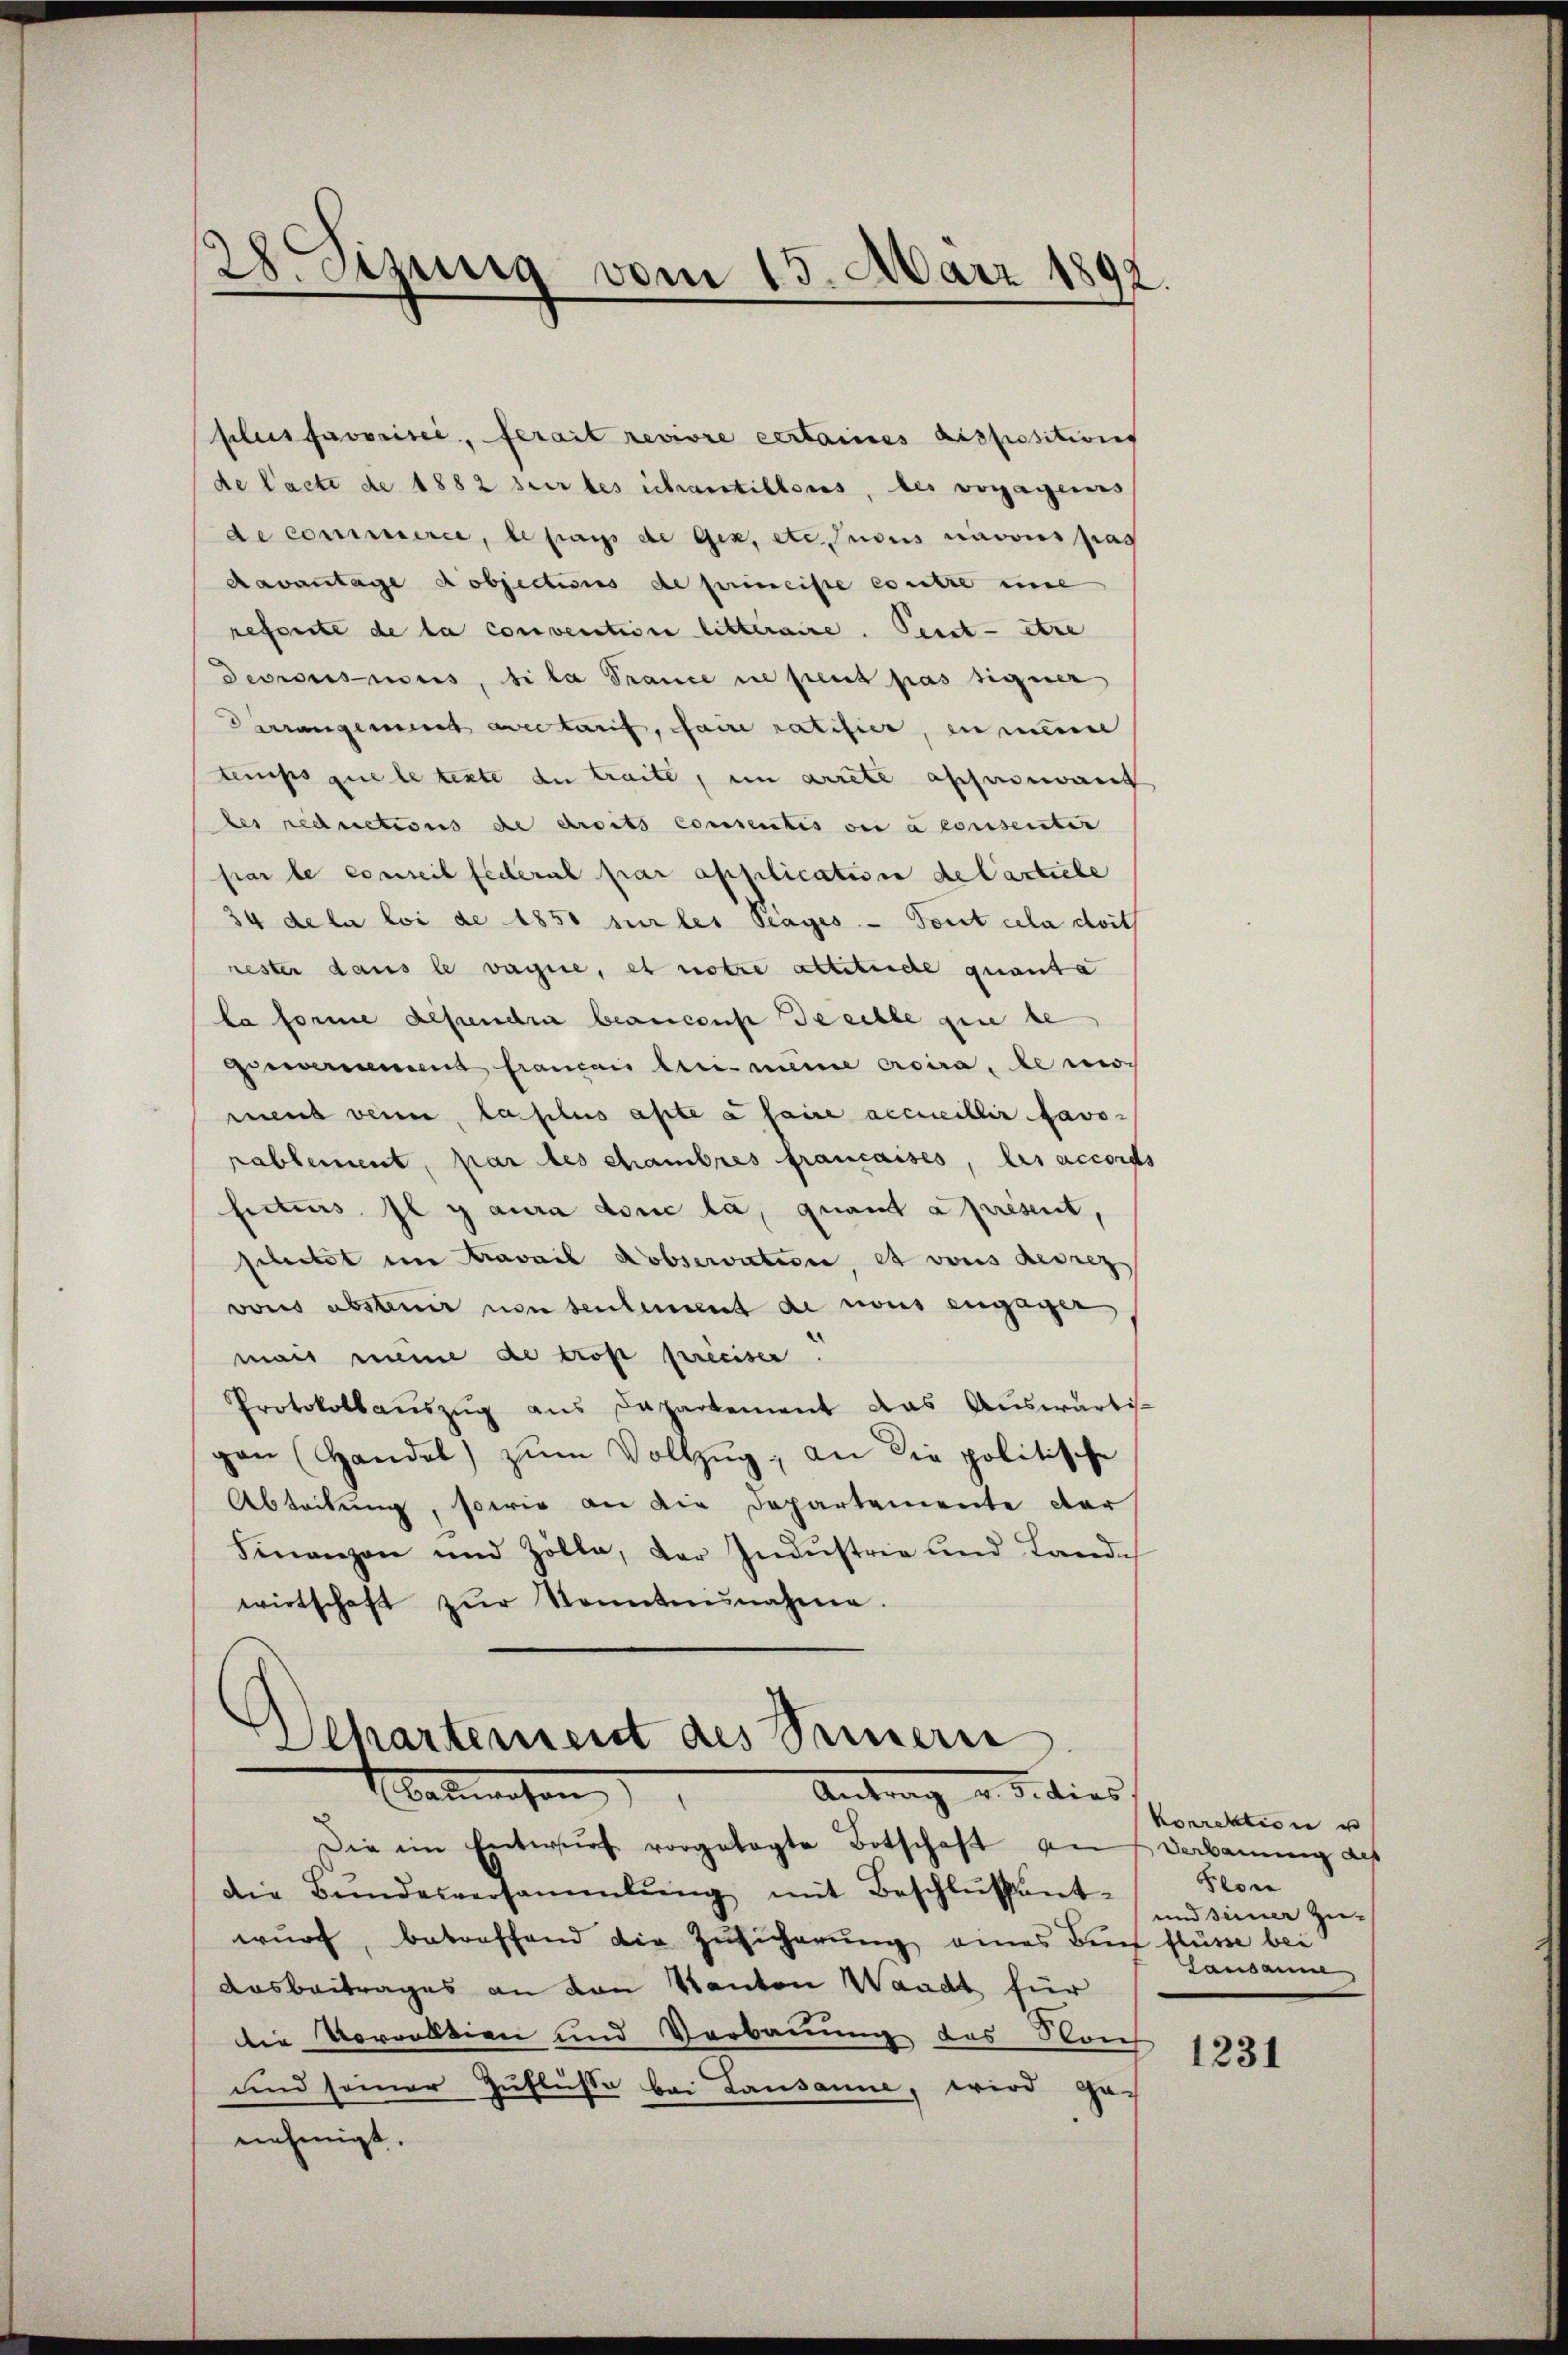
28 Sizung vom 13. März 1892.

plus favorisée, ferait revivre certaines dispositions
de lacte de 1882 sur les Schantillons, des voragenes
de commerce, le pays de Gex, etc. nous navous pas
davantage objections de princiste contre eine
reforste de la conventione litteraire. Seit - etwe
eprosius, si la Trance ne peut pas signer
Varrangemeint avertarif, faire ratifier, en meiner
temps que le texte du traite, in arrete affinant
les reductions de droits consentis von a consentir
par le conseil fédéral par application de Cartiebe
34 de la loi de 1850 sur les drages. — Tout cela doit
resten dans le vagie, et notre attitude quanta
la forme descendri beanconst de selbe gene be
gievernement francans leis meine croira, le momens verne, la plus apte à faire accueillir favo-
rablement, par les chambres françaises, les accords
fecteurs il y aura donc la quant a présent,
schitet im ravail Kobservation, et vons Bedrez
vous abstenir non seulement de nous engager,
mais meine de trose preiser.
Protokollaŭszŭg aus Departement das Auswärtis-
gen (Handel zŭm Vollzŭg; an die politische
Abteilung, sowie an die Departemente der
Finanzen und Zolla, der Indŭstrie und Lande
wirtschaft zŭr Sonntnisnahme.

Departement des Seinem
Antrag d. d. dies
Aabewahrun

Die im Entwŭrf vorgetagte Botschaft auf Verbauung des
die Bŭndesversammlung mit Beschlŭssent-
wurf, betreffend die Zusicherung eines Buch flüsse bei
Ausbeitrages an den Kanton Waadt für
die Vorrektion und Verbauung des Von
und seiner Zuflüsse bei Lausanne, wird ge-
nehmigt.

Korrektion u
Seon
und seiner Zu-
Lausanne,

1231